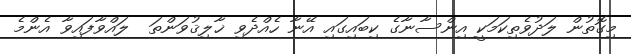
މިގޮތުން ލަދުވެތިކަމަކީ އިންސާނާގެ ކިބައިގައި އޭނާ ހެއްދެވި ޚާލިޤުވަންތަ  ލައްވާފައިވާ އެންމެ